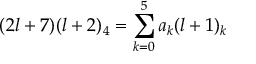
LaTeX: ( 2 l + 7 ) ( l + 2 ) _ { 4 } = \sum _ { k = 0 } ^ { 5 } a _ { k } ( l + 1 ) _ { k }